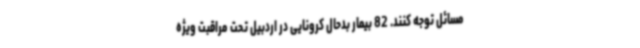
مسائل توجه کنند. 82 بیمار بدحال کرونایی در اردبیل تحت مراقبت ویژه